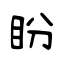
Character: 盼